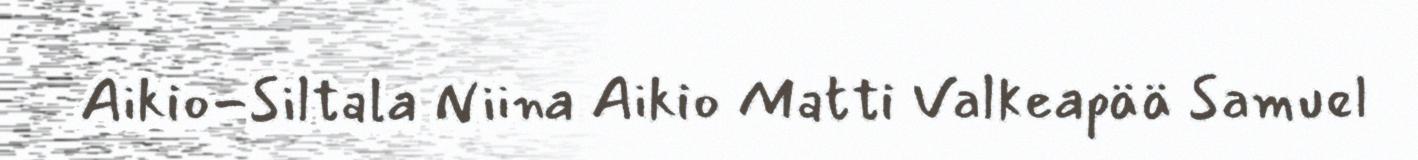
Aikio-Siltala Niina Aikio Matti Valkeapää Samuel